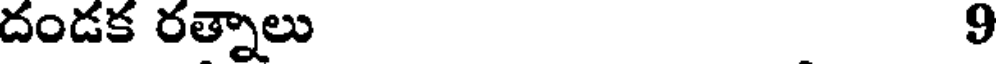
దండక రత్నాలు 9